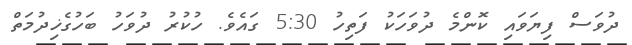
ދުވަސް ފިޔަވައި ކޮންމެ ދުވަހަކު ފަތިހު 5:30 ގައެވެ. ހުކުރު ދުވަހު ބަހުގެޚިދުމަތް